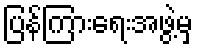
ပြန်ကြားရေးအဖွဲ့မှ